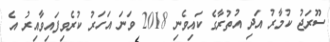
ސޫރަޖު ކުމާރު އަދި އުތުރާގެ ކައިވެނި 2018 ވަނަ އަހަރު ކުރެވިފައިވާއިރު އެ